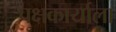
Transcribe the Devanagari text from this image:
पक्षकार्याला